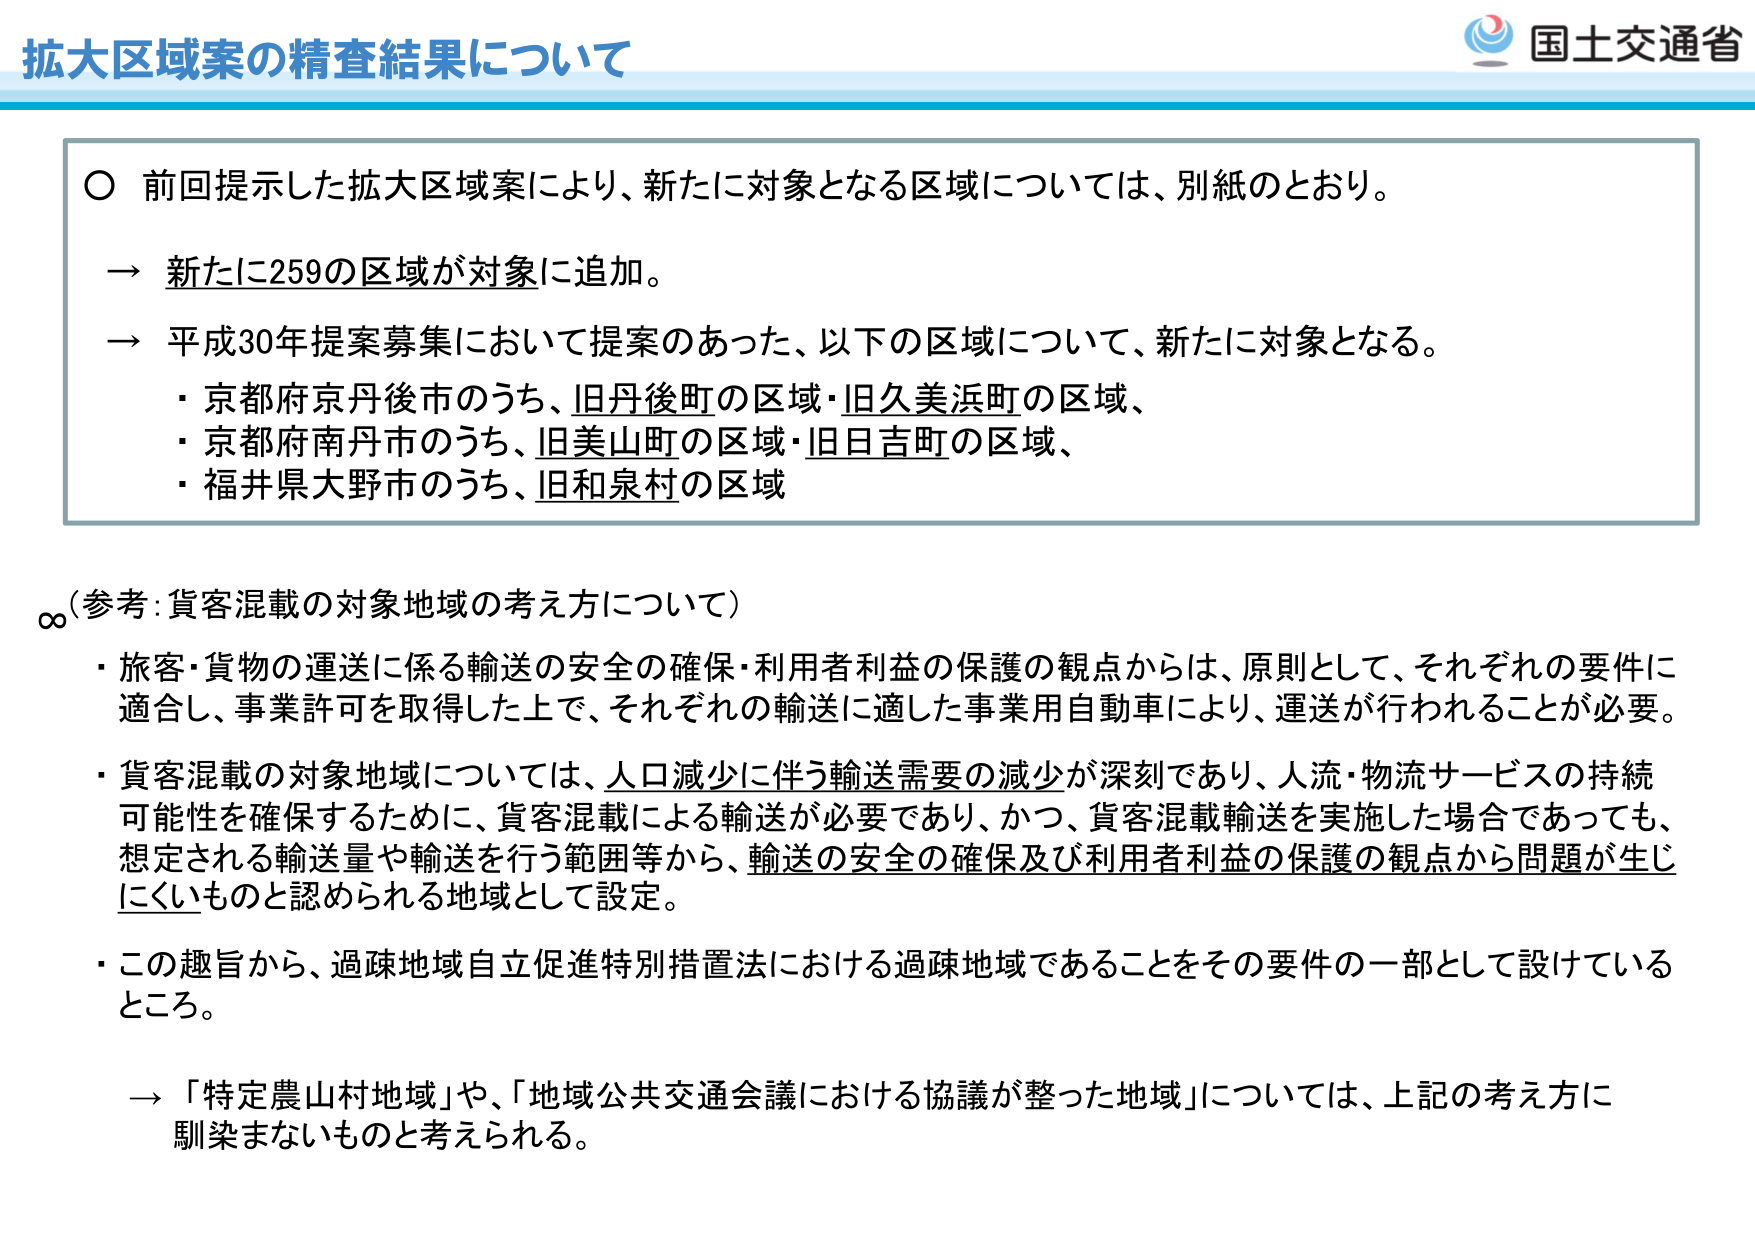
拡大区域案の精査結果について

○ 前回提示した拡大区域案により、新たに対象となる区域については、別紙のとおり。

→ 新たに259の区域が対象に追加。

→ 平成30年提案募集において提案のあった、以下の区域について、新たに対象となる。
・京都府京丹後市のうち、旧丹後町の区域・旧久美浜町の区域、
・京都府南丹市のうち、旧美山町の区域・旧日吉町の区域、
・福井県大野市のうち、旧和泉村の区域

（参考：貨客混載の対象地域の考え方について）
・旅客・貨物の運送に係る輸送の安全の確保・利用者利益の保護の観点からは、原則として、それぞれの要件に適合し、事業許可を取得した上で、それぞれの輸送に適した事業用自動車により、運送が行われることが必要。
・貨客混載の対象地域については、人口減少に伴う輸送需要の減少が深刻であり、人流・物流サービスの持続可能性を確保するために、貨客混載による輸送が必要であり、かつ、貨客混載輸送を実施した場合であっても、想定される輸送量や輸送を行う範囲等から、輸送の安全の確保及び利用者利益の保護の観点から問題が生じにくいものと認められる地域として設定。
・この趣旨から、過疎地域自立促進特別措置法における過疎地域であることをその要件の一部として設けているところ。

→ 「特定農山村地域」や、「地域公共交通会議における協議が整った地域」については、上記の考え方に馴染まないものと考えられる。

国土交通省